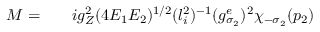
\begin{array} { r l r } { { \cal M } = } & { { } } & { i g _ { Z } ^ { 2 } ( 4 E _ { 1 } E _ { 2 } ) ^ { 1 / 2 } ( l _ { i } ^ { 2 } ) ^ { - 1 } ( g _ { \sigma _ { 2 } } ^ { e } ) ^ { 2 } \chi _ { - \sigma _ { 2 } } ( p _ { 2 } ) } \end{array}